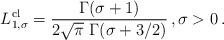
\begin{align*} L^{\mathrm{cl}}_{1,\sigma}= \frac{\Gamma(\sigma+1)}{2\sqrt{\pi}\ \Gamma(\sigma+3/2)}\,, \sigma>0\,.\end{align*}